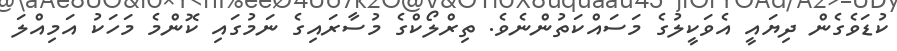
ކުޑަވެގެން ދިޔައީ އެވަކީލުގެ މަސައްކަތުންނެވެ. ތިރްލޯކްގެ މުސާރައިގެ ނަމުގައި ކޮންމެ މަހަކު އަމިއްލަ